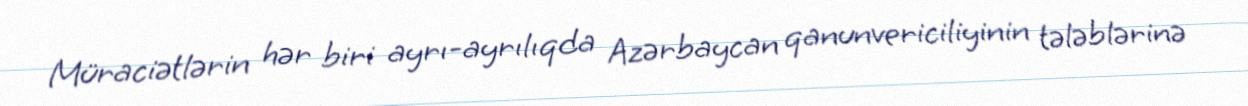
Müraciətlərin hər biri ayrı-ayrılıqda Azərbaycan qanunvericiliyinin tələblərinə